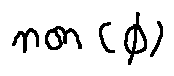
n o n ( \phi )